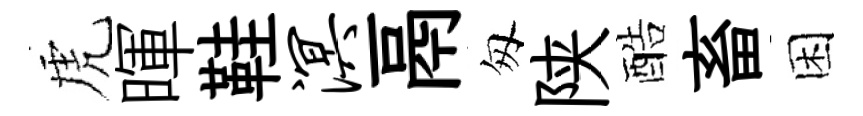
虎暉鞋溟鬲匆陕酷畜困